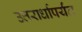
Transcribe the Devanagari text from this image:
उत्तरार्धापर्यंत